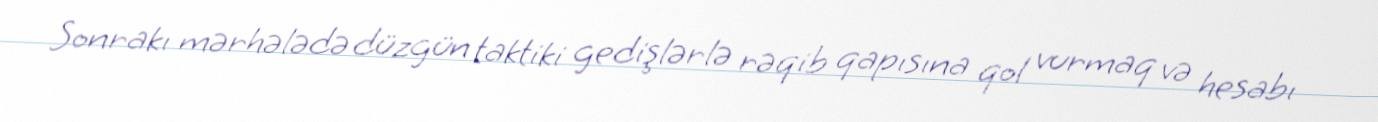
Sonrakı mərhələdə düzgün taktiki gedişlərlə rəqib qapısına qol vurmaq və hesabı